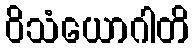
ဝိသံယောဂါတိ